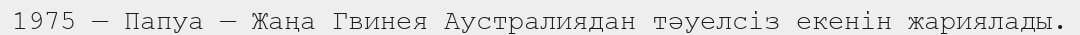
1975 — Папуа — Жаңа Гвинея Аустралиядан тәуелсіз екенін жариялады.